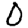
Digit: 0